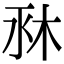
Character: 𣐫